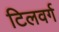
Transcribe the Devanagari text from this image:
टिलवर्ग